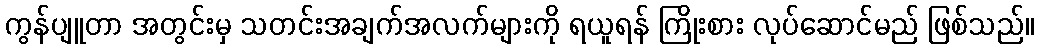
ကွန်ပျူတာ အတွင်းမှ သတင်းအချက်အလက်များကို ရယူရန် ကြိုးစား လုပ်ဆောင်မည် ဖြစ်သည်။